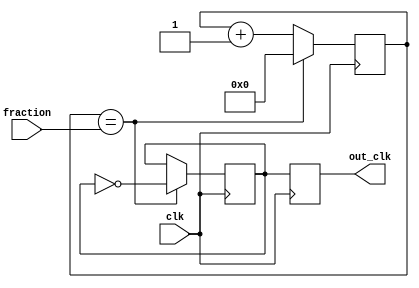
module fractional_clock_divider (
    input clk,
    input [7:0] fraction,
    output reg out_clk
);

reg [7:0] count;
reg sync_clk;

always @(posedge clk) begin
    count <= count + 1;
    if (count == fraction) begin
        sync_clk <= ~sync_clk;
        count <= 0;
    end
end

always @(posedge clk) begin
    out_clk <= sync_clk;
end

endmodule